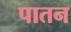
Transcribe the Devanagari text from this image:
पातन